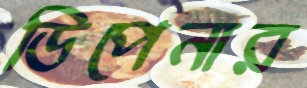
ডিপেনার